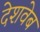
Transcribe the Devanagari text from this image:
देशवेब